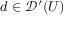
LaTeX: d \in { \mathcal { D } } ^ { \prime } ( U )